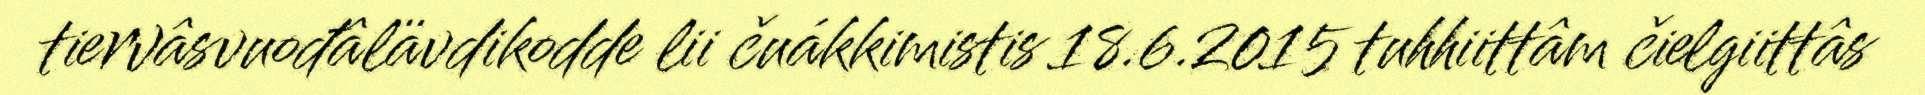
tiervâsvuođâlävdikodde lii čuákkimistis 18.6.2015 tuhhiittâm čielgiittâs